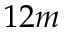
1 2 m